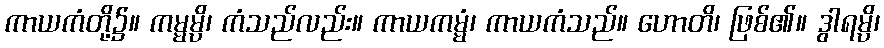
ကာယကံတို့၌။ ကမ္မမ္ပိ၊ ကံသည်လည်း။ ကာယကမ္မံ၊ ကာယကံသည်။ ဟောတိ၊ ဖြစ်၏။ ဒွါရမ္ပိ၊